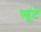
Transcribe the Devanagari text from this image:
प्युंटे